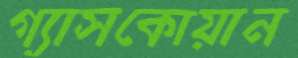
গ্যাসকোয়ান